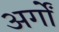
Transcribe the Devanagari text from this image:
अर्गों